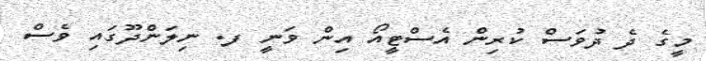
މީގެ ދެ ދުވަސް ކުރިން އެސްޓީއޯ އިން ވަނީ ފ. ނިލަންދޫގައި ވެސް